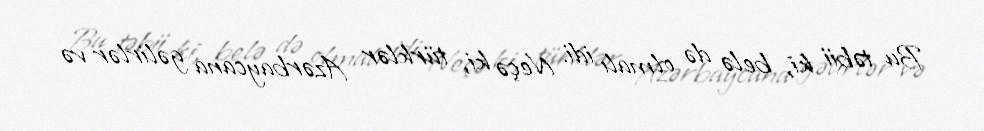
Bu təbii ki, belə də olmalı idi. Neçə ki, türklər Azərbaycana gəlirlər və